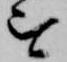
を